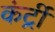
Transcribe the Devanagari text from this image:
कंर्ट्री